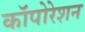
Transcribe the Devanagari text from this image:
कॉपोरेशन